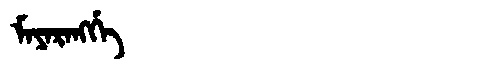
Manchu: ᠮᠠᠶᠠᡵᠠᠩᡤᡝ
Romanization: MAYARANGGE